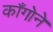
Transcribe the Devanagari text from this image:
काँगोने